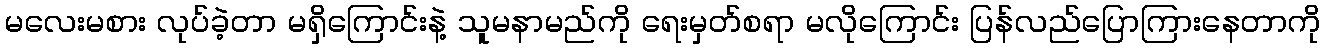
မလေးမစား လုပ်ခဲ့တာ မရှိကြောင်းနဲ့ သူမနာမည်ကို ရေးမှတ်စရာ မလိုကြောင်း ပြန်လည်ပြောကြားနေတာကို